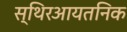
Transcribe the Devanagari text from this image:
स्थिरआयतनिक